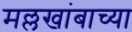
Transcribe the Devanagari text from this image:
मल्लखांबाच्या